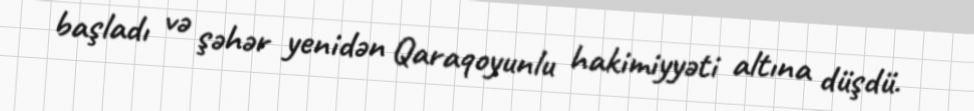
başladı və şəhər yenidən Qaraqoyunlu hakimiyyəti altına düşdü.